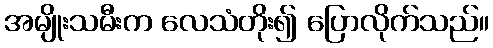
အမျိုးသမီးက လေသံတိုး၍ ပြောလိုက်သည်။